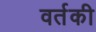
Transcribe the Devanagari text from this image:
वर्तकी